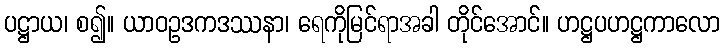
ပဋ္ဌာယ၊ စ၍။ ယာဝဥဒကဒဿနာ၊ ရေကိုမြင်ရာအခါ တိုင်အောင်။ ဟဋ္ဌပဟဋ္ဌကာလော